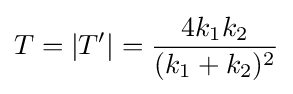
T=|T'|={\frac {4k_{1}k_{2}}{(k_{1}+k_{2})^{2}}}